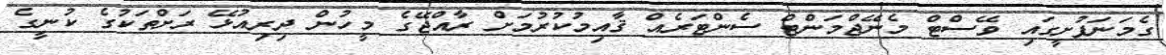
ގެމަނަފުށީގައި ވޭސްޓް މެނޭޖްމަންޓް ސެންޓަރެއް ޤާއިމުކުރުމަށް ރާއްޖޭގެ މީހުން ދިރިއުޅޭ ރަށްތަކުގެ ކުނީގެ